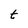
Character: t